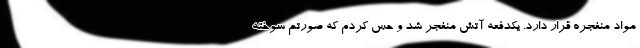
مواد منفجره قرار دارد. یکدفعه آتش منفجر شد و حس کردم که صورتم سوخته